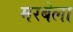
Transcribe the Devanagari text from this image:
मरबेला